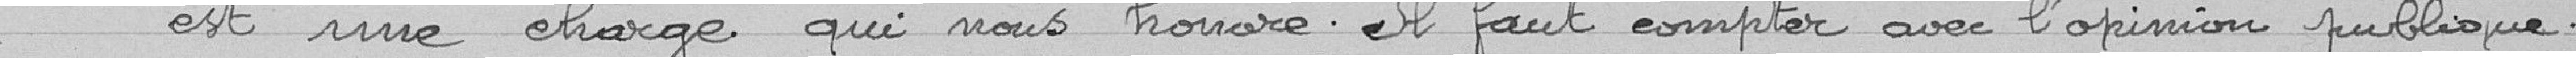
" est une charge qui nous honore. Il faut compter avec l'opinion publique